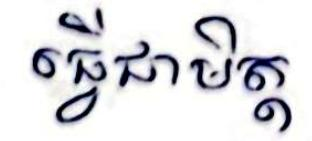
ធ្វើជាមិត្ត